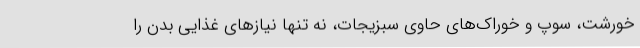
خورشت، سوپ و خوراک‌های حاوی سبزیجات، نه تنها نیازهای غذایی بدن را